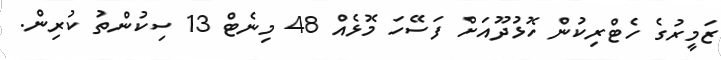
ޒަމީރުގެ ހެޓްރިކުން ހޮޅުދޫއަށް ފަސޭހަ މޮޅެއް 48 މިނެޓް 13 ސިކުންތު ކުރިން.